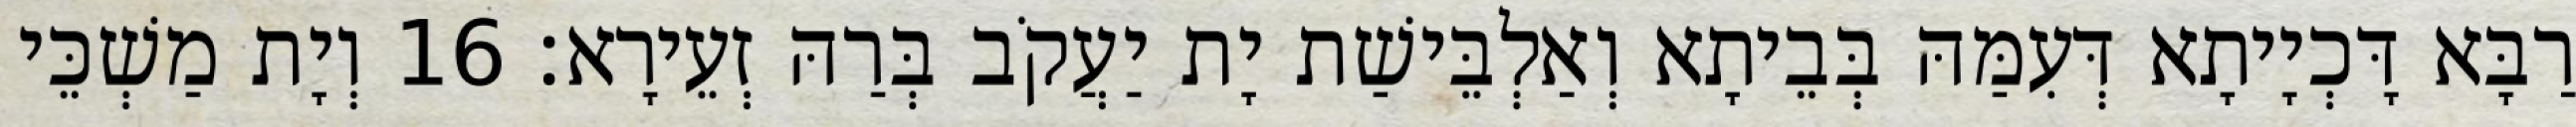
רַבָּא דָּכְיָיתָא דְּעִמַּהּ בְּבֵיתָא וְאַלְבֵּישַׁת יָת יַעֲקֹב בְּרַהּ זְעֵירָא׃ 16 וְיָת מַשְׁכֵּי